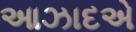
આઝાદએ